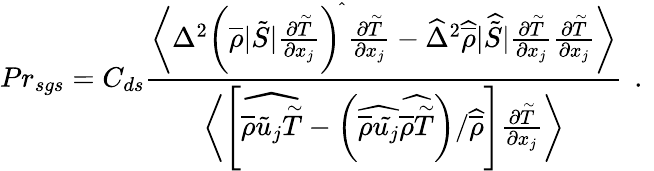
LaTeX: {Pr}_{sgs}=C_{ds}\frac{\biggl\langle\Delta^{2}\biggl(\overline{{\rho}}|\tilde{S}|\frac{\partial\overset{\sim}{T}}{\partial x_{j}}\biggr)^{\widehat{}}\, \frac{\partial\overset{\sim}{T}}{\partial x_{j}}-\widehat{\Delta}^{2}\widehat{\overline{{\rho}}}|\widehat{\tilde{S}}|\frac{\partial\overset{\sim}{T}}{\partial x_{j}}\frac{\partial\overset{\sim}{T}}{\partial x_{j}}\biggr\rangle}{\biggl\langle\left[\widehat{\overline{{\rho}}\tilde{u}_{j}\overset{\sim}{T}}-\left(\widehat{\overline{{\rho}}\tilde{u_{j}}}\widehat{\overline{{\rho}}\overset{\sim}{T}}\right)/\widehat{\overline{{\rho}}}\right]\frac{\partial\overset{\sim}{T}}{\partial x_{j}}\biggr\rangle}\, \mathrm{~.~}